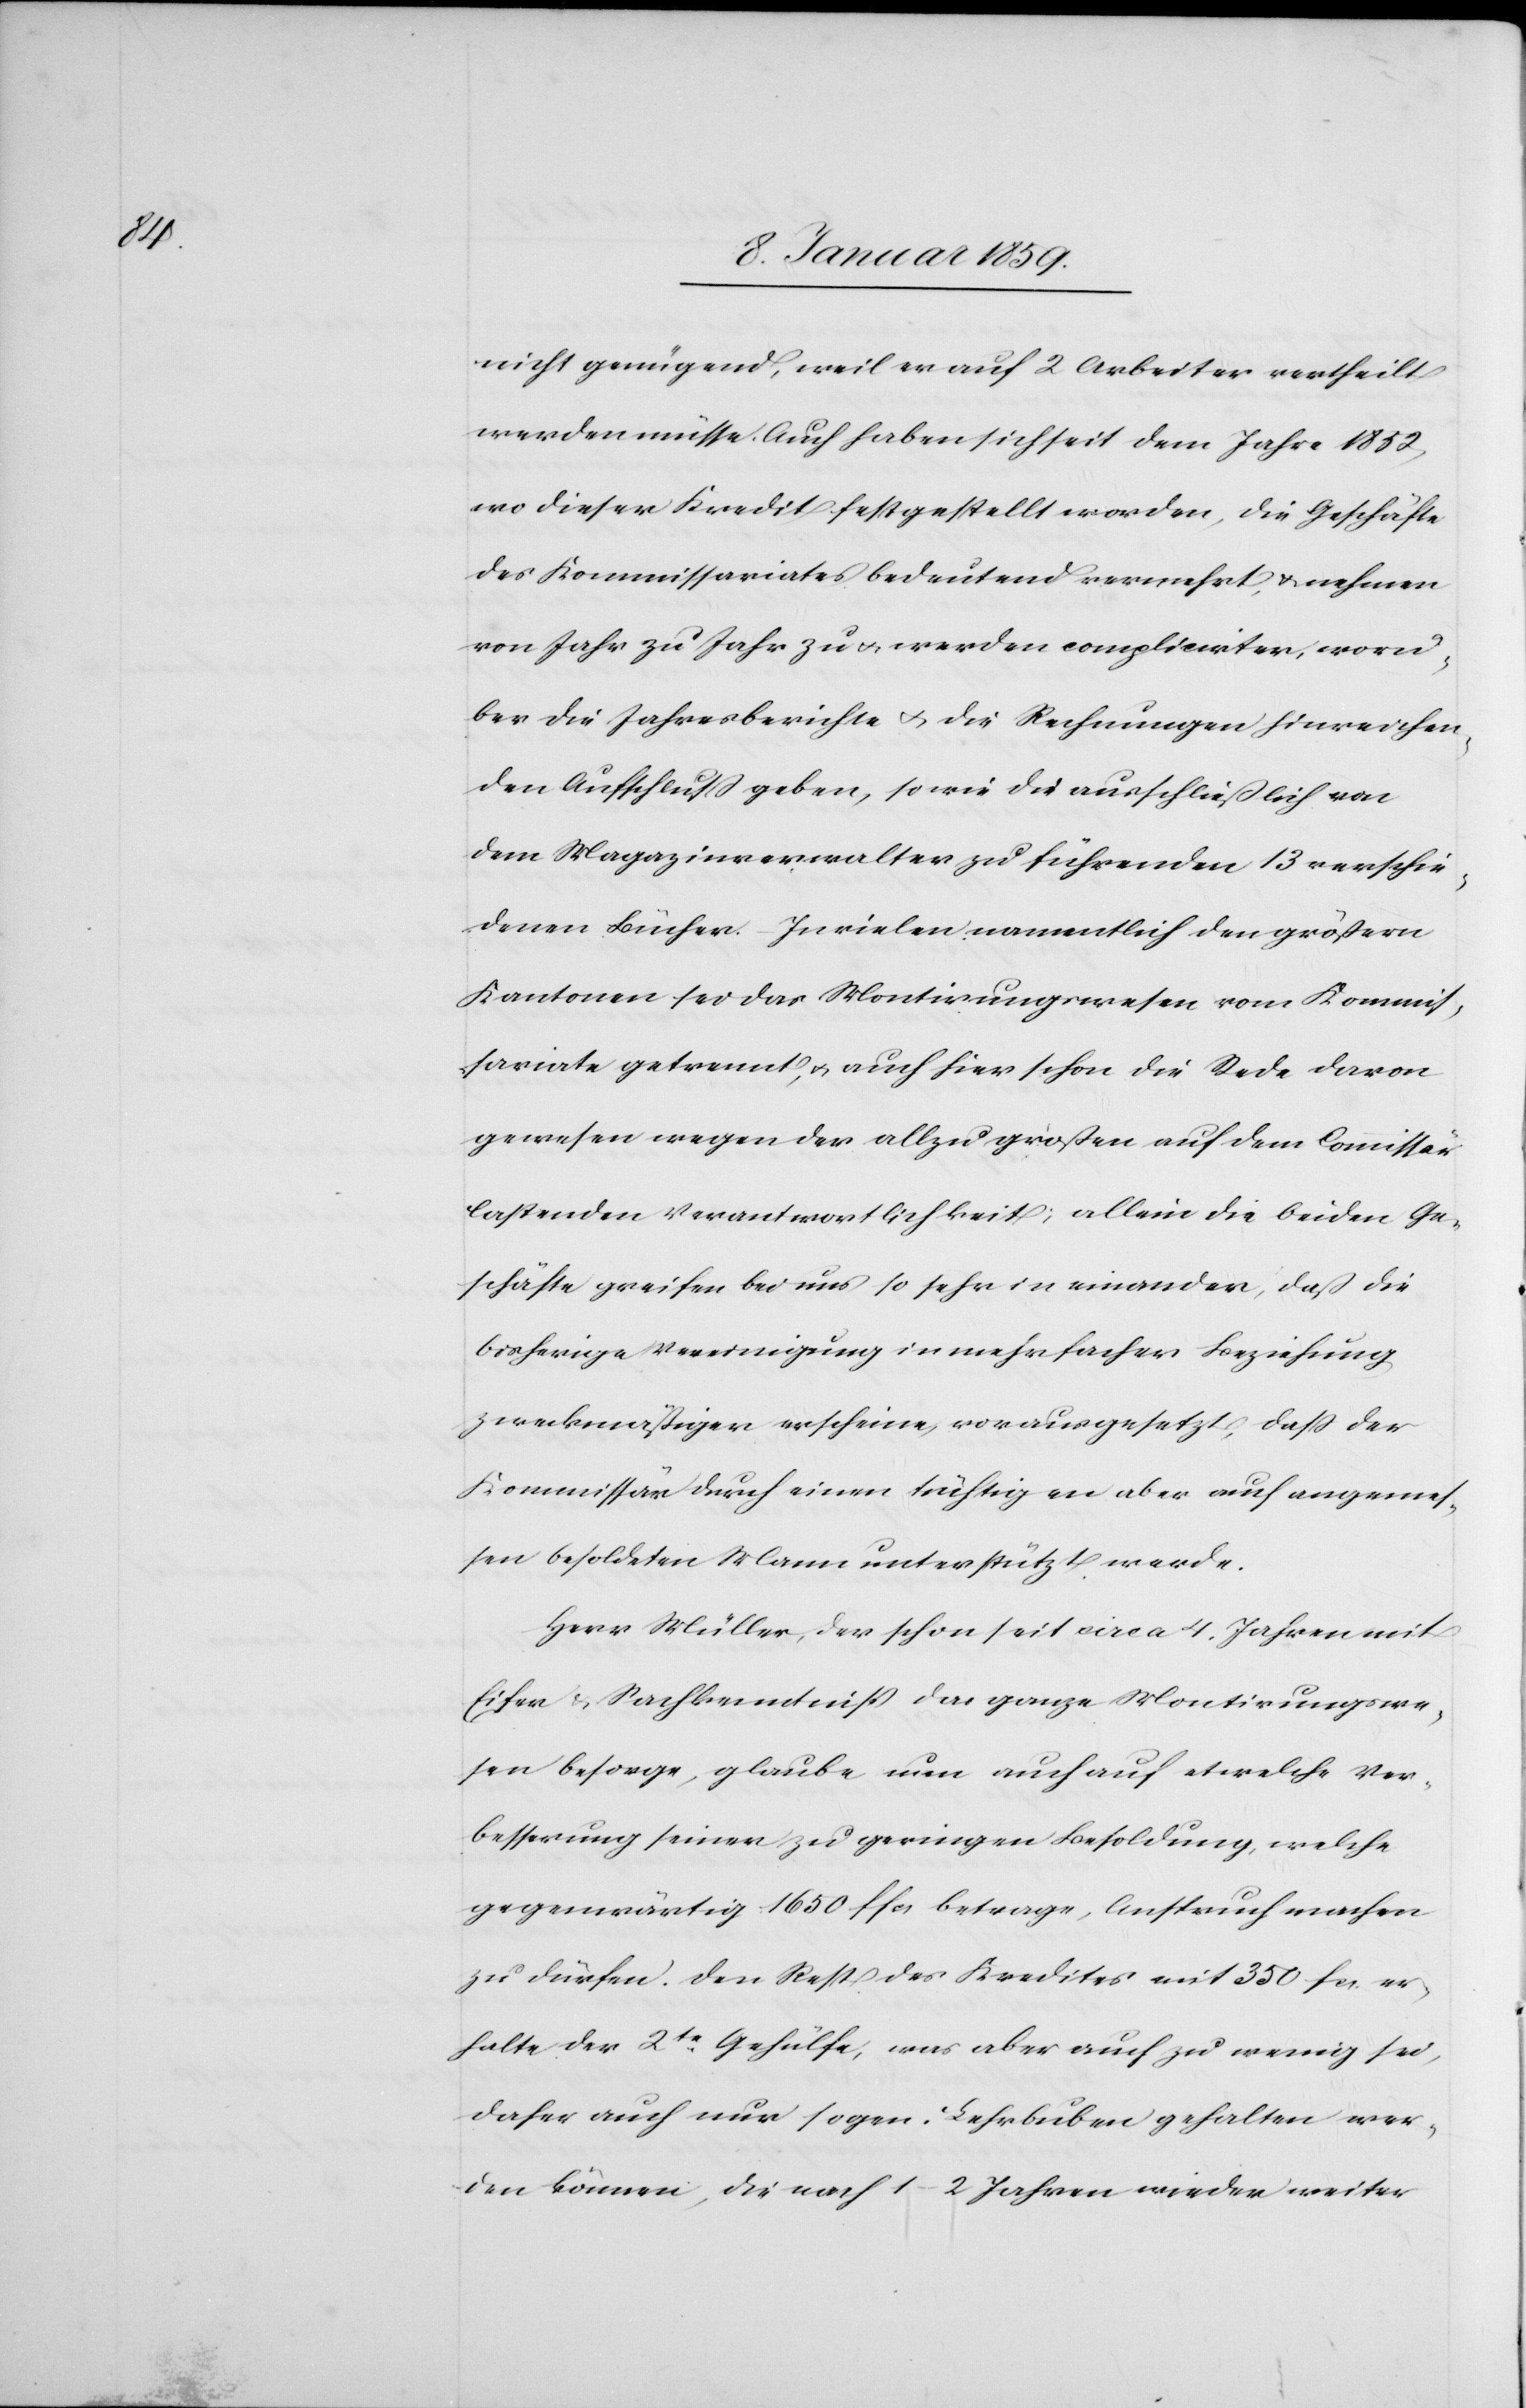
nicht genügend, weil er auf 2 Arbeiter vertheilt
werden müsse. Auch haben sich seit dem Jahre 1852,
wo dieser Kredit festgestellt worden, die Geschäfte
des Kommissariates bedeutend vermehrt, u. nehmen
von Jahr zu Jahr zu u. werden complicirter, worü¬
ber die Jahresberichte u. die Rechnungen hinreichen¬
den Aufschluß geben, so wie die ausschließlich von
dem Magazinverwalter zu führenden 13 verschie¬
denen Bücher. In vielen namentlich den größern
Kantonen sei das Montirungswesen vom Kommis¬
sariate getrennt, u. auch hier schon die Rede davon
gewesen wegen der allzu großen auf dem Comissär
lastenden Verantwortlichkeit; allein die beiden Ge¬
schäfte greifen bei uns so sehr in einander, daß die
bisherige Vereinigung in mehrfacher Beziehung
zweckmäßiger erscheine, vorausgesetzt, daß der
Kommissär durch einen tüchtigen aber auch angemes¬
sen besoldeten Mann unterstützt werde.
Herr Müller, der schon seit circa 4. Jahren mit
Eifer u. Sachkenntniß das ganze Montirungswe¬
sen besorge, glaube nun auch auf etwelche Ver¬
besserung seiner zu geringen Besoldung, welche
gegenwärtig 1650 ffcs betrage, Anspruch machen
zu dürfen. Den Rest des Kredites mit 350 fcs er¬
halte der 2te Gehülfe, was aber auch zu wenig sei,
daher auch nur sogen. Lehrbuben gehalten wer¬
den können, die nach 1–2 Jahren wieder weiter